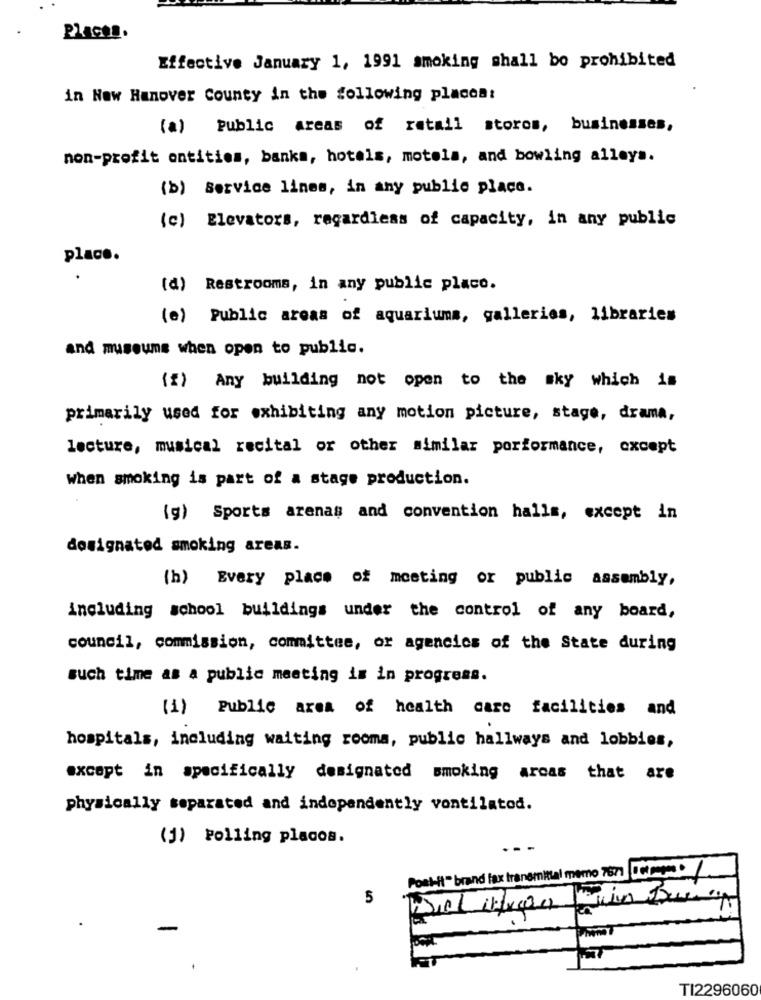
Places.
Effective January 1, 1991 smoking shall bo prohibited
in Now Hanover County in the following placeat
(a) Public areas of retail stores, businesses,
non-profit ontities, banks, hotels, motels, and bowling alleys.
(b) Service lines, in any public place.
(c) Elevators, regardless of capacity, in any public
place.
.
(d) Restrooms, in any public placo.
(e) Public areas of aquariuma, galleries, libraries
and museums when open to public.
(f) Any building not open to the sky which is
primarily used for exhibiting any motion picture, stage, drama,
lecture, musical recital or other similar porformance, except
When smoking is part of a stage production.
(g) Sports arenas and convention halls, except in
designated smoking areas.
(h) Every place of meeting or public assembly,
including school buildings under the control of any board,
council, commission, committee, or agencies of the State during
such time as a public meeting is in progress.
(1) Public area of health care facilities and
hospitals, including waiting rooma, public hallways and lobbies,
except in specifically designated smoking arcas that are
physically separated and independently vontilatod.
(j) Polling places.
Post-it" brand fax transmittal memo 7871 so peras . /
5
TI2296060